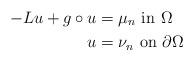
LaTeX: \begin{align*}-L u+g\circ u & =\mu_n\,\,\mbox{in}\,\,\Omega\\u & =\nu_n \,\,\mbox{on}\,\,\partial\Omega \end{align*}